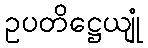
ဥပတိဋ္ဌေယျုံ